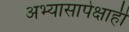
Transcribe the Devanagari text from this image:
अभ्यासापेक्षाही